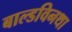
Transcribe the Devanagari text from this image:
बाल्डविनथा